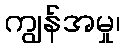
ကျွန်အမှု၊